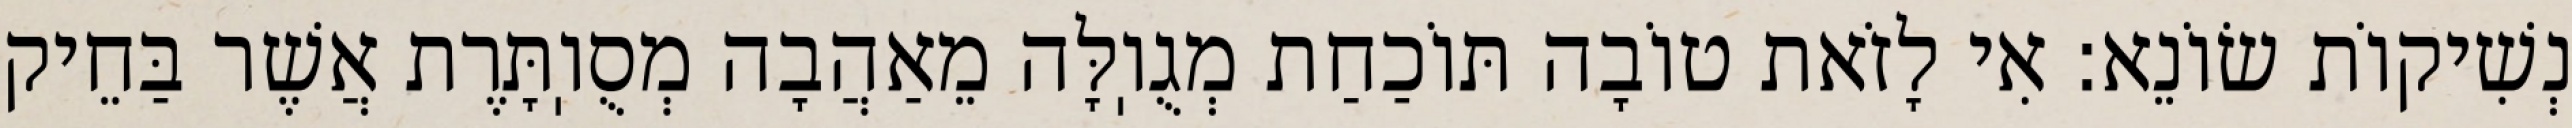
נְשִׁיקוֹת שׂוֹנֵא: אִי לָזֹאת טוֹבָה תּוֹכַחַת מְגֻוֽלָּה מֵאַהֲבָה מְסֻוֽתָּרֶת אֲשֶׁר בַּחֵיק